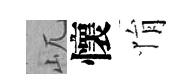
屼懷悁